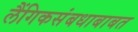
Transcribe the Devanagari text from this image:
लैंगिकसंबधाबाबत